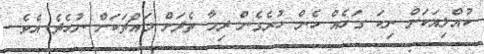
ކުއްލިއަކަށް ނިކަ ގަހެއް ހެން ހުރެގެން ދިމާ ތެދަށް މައްޗަކަށް ނުހެދެ އެވެ.